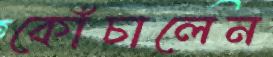
কোঁচালেন